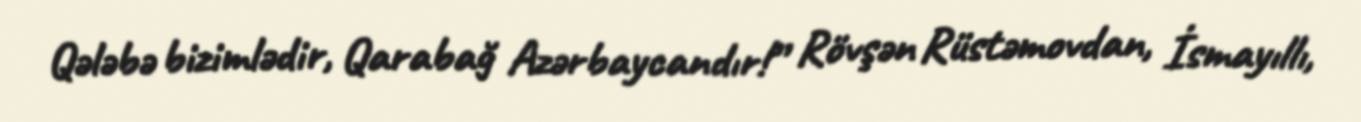
Qələbə bizimlədir, Qarabağ Azərbaycandır!” Rövşən Rüstəmovdan, İsmayıllı,